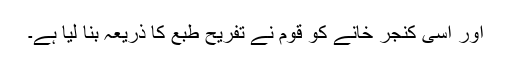
اور اسی کنجر خانے کو قوم نے تفریح طبع کا ذریعہ بنا لیا ہے۔